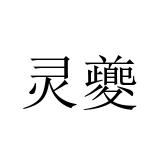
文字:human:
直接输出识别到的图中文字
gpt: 灵夔